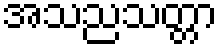
အသညသတ္တာ